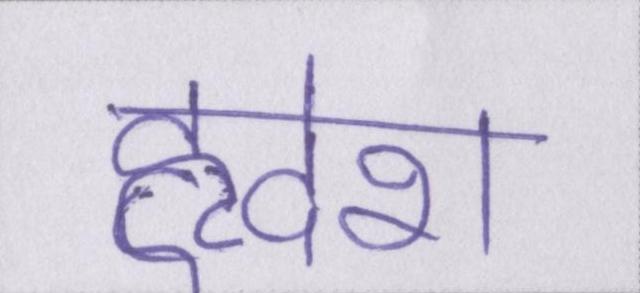
हृदेश